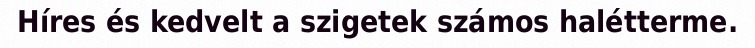
Híres és kedvelt a szigetek számos halétterme.